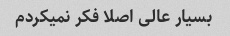
بسیار عالی اصلا فکر نمیکردم